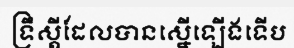
ទ្រឹស្តីដែលបានស្នើឡើងទើប